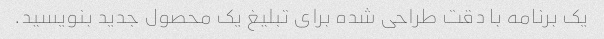
یک برنامه با دقت طراحی شده برای تبلیغ یک محصول جدید بنویسید.